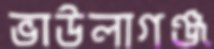
ভাউলাগঞ্জ